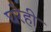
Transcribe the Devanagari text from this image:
घरेही